system: You are a helpful assistant.
user:
Analyze the provided spectrum to determine if it is a **S-type Star**.

- **Key Indicators for S-type Star:**

    - **(Overall Spectrum Shape):** The first and most obvious characteristic is the overall continuum (the "baseline" shape). It is **extremely "red-sloping,"** meaning the flux (light intensity) is very low on the left side (blue, ~4000-4500 Å) and rises steeply and continuously toward the right side (red, ~7000 Å+).

    - **(Primary):** The spectrum is defined by the presence of strong, broad molecular absorption "valleys" (bands) from **Zirconium Oxide (ZrO)**. The identification of these bands is the **primary requirement** for classifying a star as S-type.
        - **(Key Bandheads):** You must find distinct, deep "dips" where the light has been absorbed. The most critical band systems to locate are:
            - **~6474 Å** ($\gamma$-system): This is often the strongest and clearest ZrO feature, found in the red part of the spectrum.
            - **~5718 Å** & **~5551 Å** ($\beta$-system): A pair of prominent absorption features in the yellow-orange part of the spectrum.
            - **~4640 Å** ($\alpha$-system): A key absorption band system in the blue-green region of the spectrum.

    - **(Secondary Confirmation):** The classification is strengthened by finding additional absorption bands from other related heavy element oxides, which are expected to be present alongside ZrO.
        - **(Key Bandheads):**
            - **Yttrium Oxide (YO):** Look for absorption dips near **~4800 Å** and **~6100 Å**.
            - **Lanthanum Oxide (LaO):** Additional absorption features, particularly in the red-orange part of the spectrum, are also characteristic.

    - **(Line Profile):** The combination of the steep red continuum and these numerous, deep molecular bands (ZrO, YO, etc.) gives the entire spectrum a very **"chopped-up"** or **"bumpy"** appearance. Instead of a smooth curve, the spectrum looks as though large, wide chunks of light have been "carved out" of it at the specific wavelengths listed above.

Think first, call **spectral_visualization_tool** if needed to examine features in detail, then provide your final answer. Your response must adhere to the following strict rules:
1.  **Overall Structure:** Your response must follow the format `<think>...</think> <tool_call>...</tool_call> (if a tool is used) <answer>...</answer>`.
2.  **Tool Usage Constraint:** You may only make **one** tool call per turn.
3.  **Final Answer Format:** In the `<answer>` tag, your conclusion must be inside a `\boxed{}` command (e.g., `\boxed{YES}` or `\boxed{NO}`), followed by your justification.

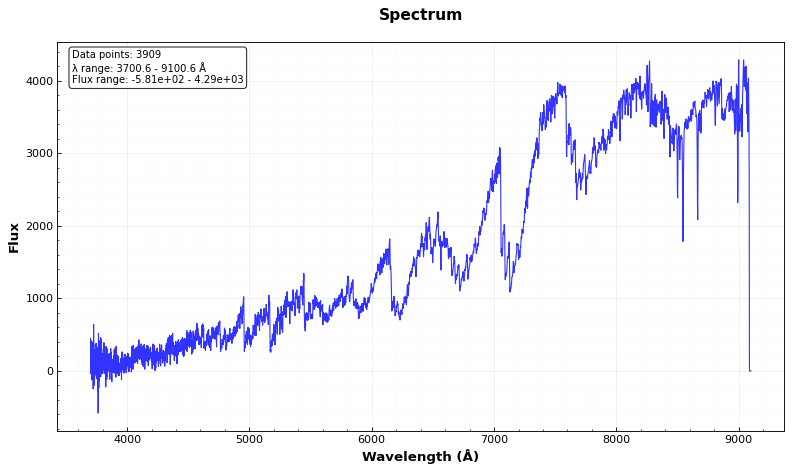
Answer: YES